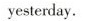
yesterday.